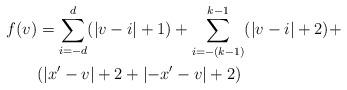
LaTeX: \begin{align*}f(v) & =\sum_{i=-d}^{d}(\left\vert v-i\right\vert +1)+\sum_{i=-(k-1)}^{k-1}(\left\vert v-i\right\vert +2)+\\& (\left\vert x^{\prime}-v\right\vert +2+\left\vert -x^{\prime}-v\right\vert+2)\end{align*}